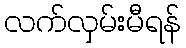
လက်လှမ်းမီရန်